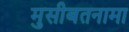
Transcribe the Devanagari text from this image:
मुसीबतनामा